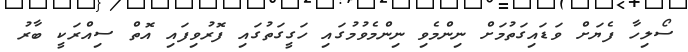
ސޯލިހާ ފެޔަށް ވަޑައިގަތުމަށް ނިންމެވި ނިންމެވުމުގައި ހަގީގަތުގައި ފޮރުވިފައި އޮތް ސިއްރަކީ ބާރު